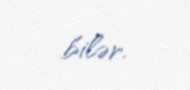
bilər.